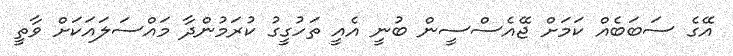
އޭގެ ސަބަބެއް ކަމަށް ޖޭއެސްސީން ބުނީ އެއީ ތަހުގީގު ކުރަމުންދާ މައްސަލައަކަށް ވާތީ